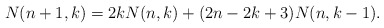
\begin{align*}N({n+1,k})=2kN({n,k})+(2n-2k+3)N(n,k-1).\end{align*}